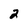
Character: 2